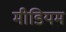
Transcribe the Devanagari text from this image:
मीडियम